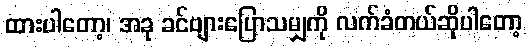
ထားပါတော့၊ အခု ခင်ဗျားပြောသမျှကို လက်ခံတယ်ဆိုပါတော့